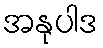
အနုပါဒ